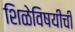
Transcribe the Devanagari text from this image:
शिळेविषयीची